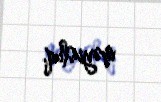
məyusluq.